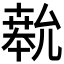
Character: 𫧨